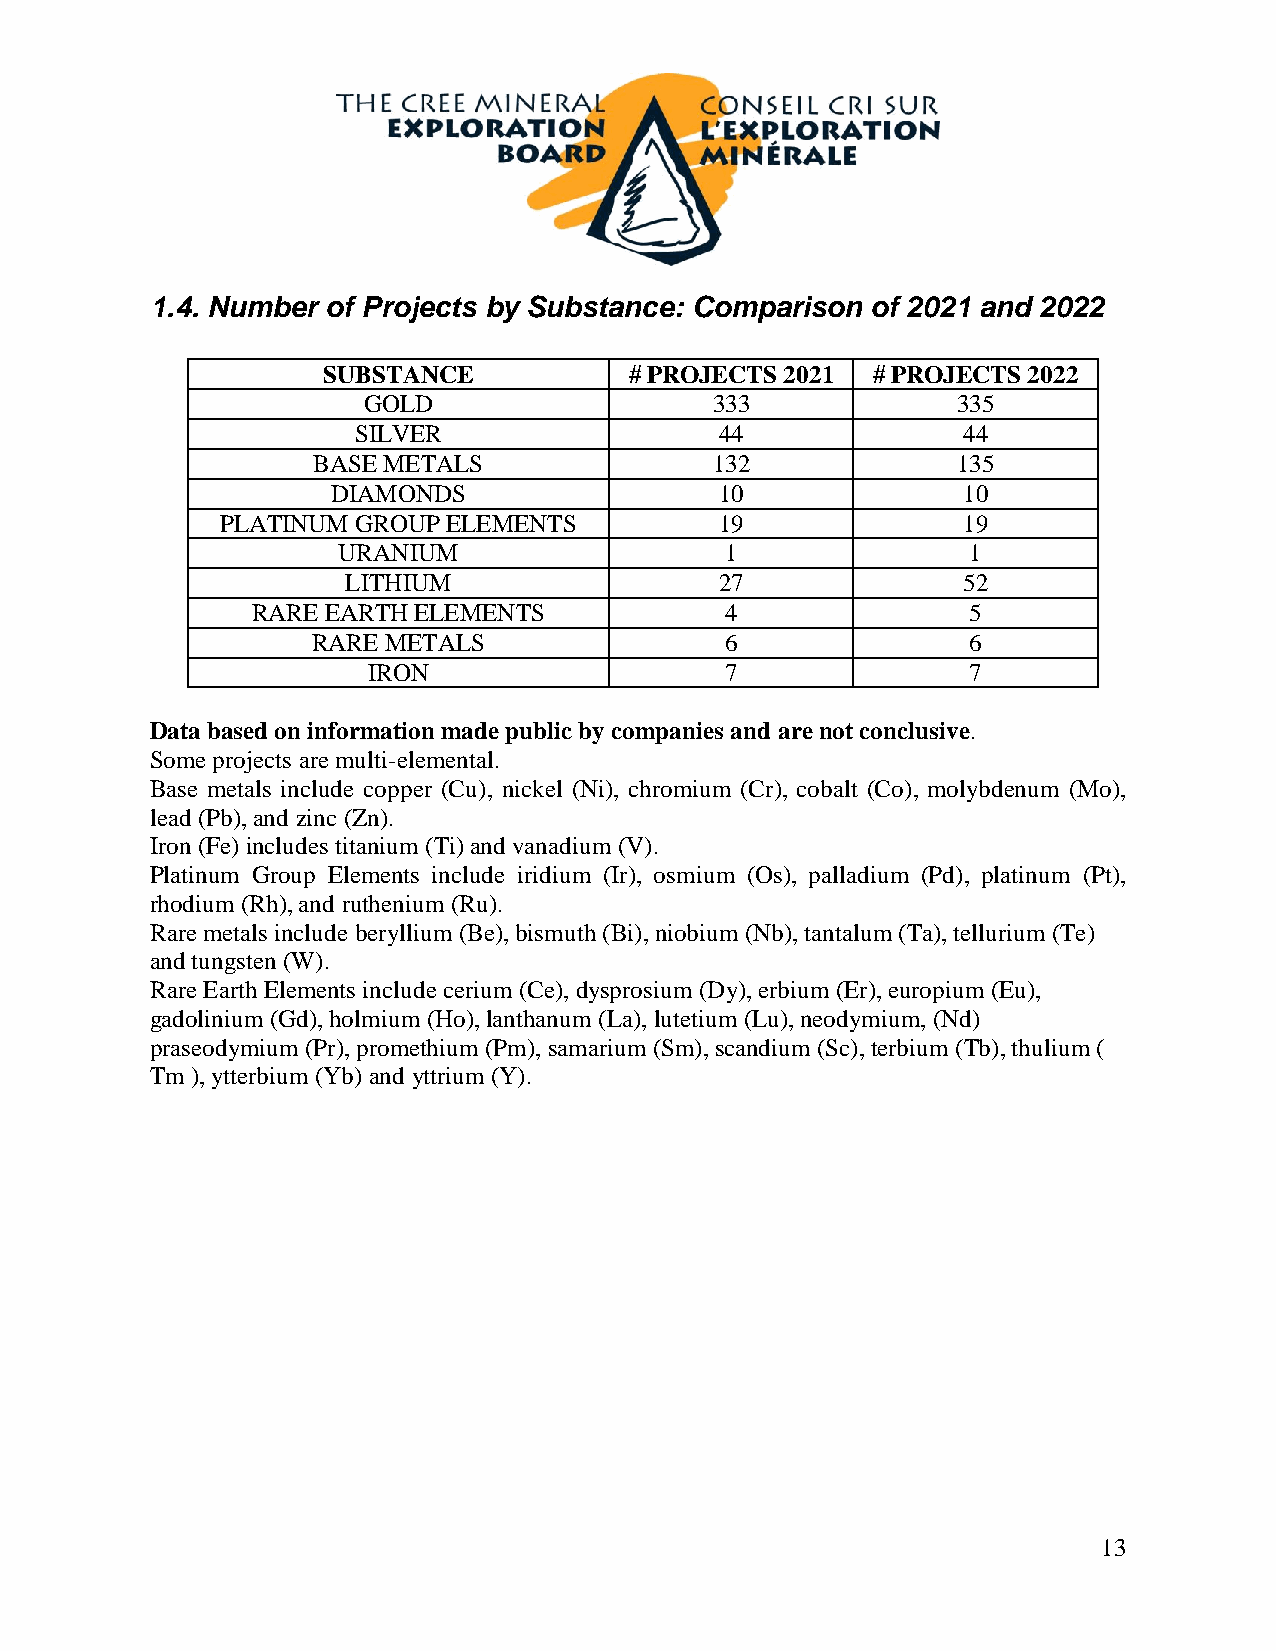
1.4. Number of Projects by Substance: Comparison of 2021 and 2022
 SUBSTANCE            # PROJECTS 2021 # PROJECTS 2022
 GOLD                   333             335
 SILVER                   44              44
 BASE METALS               132             135
 DIAMONDS                  10              10
 PLATINUM GROUP ELEMENTS          19              19
 URANIUM                   1               1
 LITHIUM                  27              52
 RARE EARTH ELEMENTS            4               5
 RARE METALS                6               6
 IRON                    7               7
 Data based on information made public by companies and are not conclusive.
 Some projects are multi-elemental.
 Base metals include copper (Cu), nickel (Ni), chromium (Cr), cobalt (Co), molybdenum (Mo),
 lead (Pb), and zinc (Zn).
 Iron (Fe) includes titanium (Ti) and vanadium (V).
 Platinum Group Elements include iridium (Ir), osmium (Os), palladium (Pd), platinum (Pt),
 rhodium (Rh), and ruthenium (Ru).
 Rare metals include beryllium (Be), bismuth (Bi), niobium (Nb), tantalum (Ta), tellurium (Te)
 and tungsten (W).
 Rare Earth Elements include cerium (Ce), dysprosium (Dy), erbium (Er), europium (Eu),
 gadolinium (Gd), holmium (Ho), lanthanum (La), lutetium (Lu), neodymium, (Nd)
 praseodymium (Pr), promethium (Pm), samarium (Sm), scandium (Sc), terbium (Tb), thulium (
 Tm ), ytterbium (Yb) and yttrium (Y).
 13